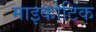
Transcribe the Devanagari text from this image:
माइकोटिक